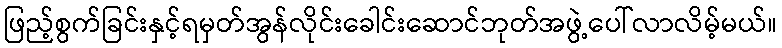
ဖြည့်စွက်ခြင်းနှင့်ရမှတ်အွန်လိုင်းခေါင်းဆောင်ဘုတ်အဖွဲ့ပေါ်လာလိမ့်မယ်။